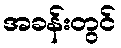
အခန်းတွင်